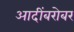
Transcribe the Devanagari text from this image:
आदींबरोबर